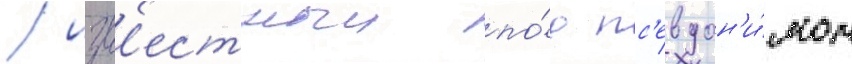
/ изв'естныи по́д пс'евдон'и́мом